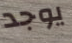
يوجد